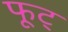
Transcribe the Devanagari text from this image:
फूट्